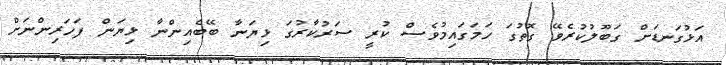
އަޅުގަނޑަށް ގަބޫލުކުރެވޭ ގޮތުގަ ހަމަގައިމުވެސް ކުރީ ސަރުކާރުގަ ޅިޔަނާ ބޭބެއިންނާ ޅިޔަން ފަހަރިންނަށް